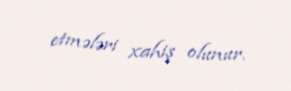
etmələri xahiş olunur.